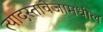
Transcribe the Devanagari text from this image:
त्यादस्तावेजामधील